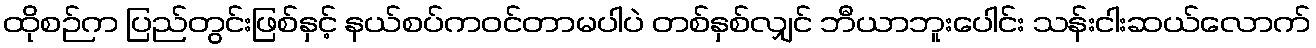
ထိုစဉ်က ပြည်တွင်းဖြစ်နှင့် နယ်စပ်ကဝင်တာမပါပဲ တစ်နှစ်လျှင် ဘီယာဘူးပေါင်း သန်းငါးဆယ်လောက်